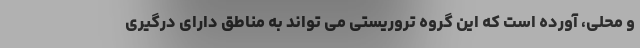
و محلی، آورده است که این گروه تروریستی می تواند به مناطق دارای درگیری